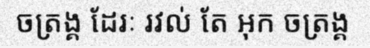
ចត្រង្គ ដែរៈ រវល់ តែ អុក ចត្រង្គ